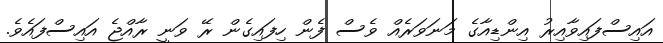
އައިސްފައިވާއިރު އިންޑިއާގެ މަނަވަރެއް ވެސް ފެން ހިފައިގެން ރޭ ވަނީ ރާއްޖެ އައިސްފައެެވެ.